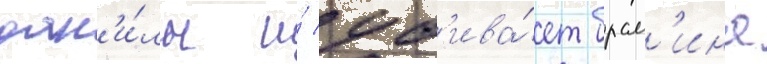
дан'и́лы и́ уб'ива́ет брам'ина